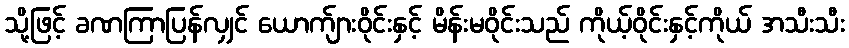
သို့ဖြင့် ခဏကြာပြန်လျှင် ယောက်ျားဝိုင်းနှင့် မိန်းမဝိုင်းသည် ကိုယ့်ဝိုင်းနှင့်ကိုယ် အသီးသီး